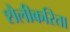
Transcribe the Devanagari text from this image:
शैलीकरिता